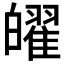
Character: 𤾫